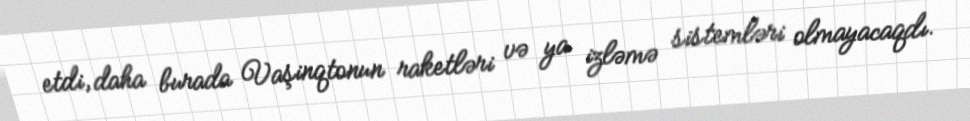
etdi, daha burada Vaşinqtonun raketləri və ya izləmə sistemləri olmayacaqdı.